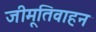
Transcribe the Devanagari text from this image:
जीमूतिवाहन